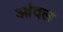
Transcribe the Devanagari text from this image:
आंदल